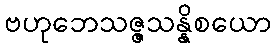
ဗဟုဘေသဇ္ဇသန္နိစယော